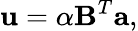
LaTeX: {\mathbf u}=\alpha{\mathbf B}^{T}{\mathbf a},